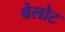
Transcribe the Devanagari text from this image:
बेलोट